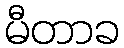
မီတာခ